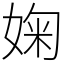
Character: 婅